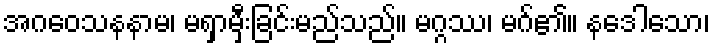
အဂဝေသနနာမ၊ မရှာမှီးခြင်းမည်သည်။ မဂ္ဂဿ၊ မဂ်၏။ နဒေါသော၊